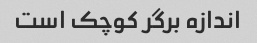
اندازه برگر کوچک است